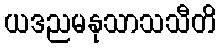
ယဒညမနုသာသသီတိ